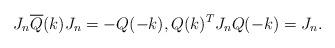
LaTeX: \begin{align*} J_n \overline{Q}(k) J_n = - Q(-k), Q(k)^T J_n Q(-k) = J_n. \end{align*}